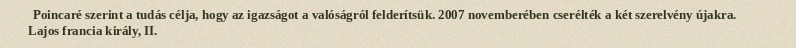
Poincaré szerint a tudás célja, hogy az igazságot a valóságról felderítsük. 2007 novemberében cserélték a két szerelvény újakra. Lajos francia király, II.